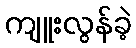
ကျူးလွန်ခဲ့